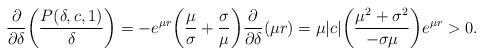
LaTeX: \begin{align*} \frac{\partial}{\partial\delta}\biggl(\frac{P(\delta,c,1)}{\delta}\biggr)=-e^{\mu r}\biggl(\frac{\mu}{\sigma}+\frac{\sigma}{\mu}\biggr)\frac{\partial}{\partial\delta}(\mu r)=\mu|c|\biggl(\frac{\mu^2+\sigma^2}{-\sigma\mu}\biggr)e^{\mu r}>0.\end{align*}